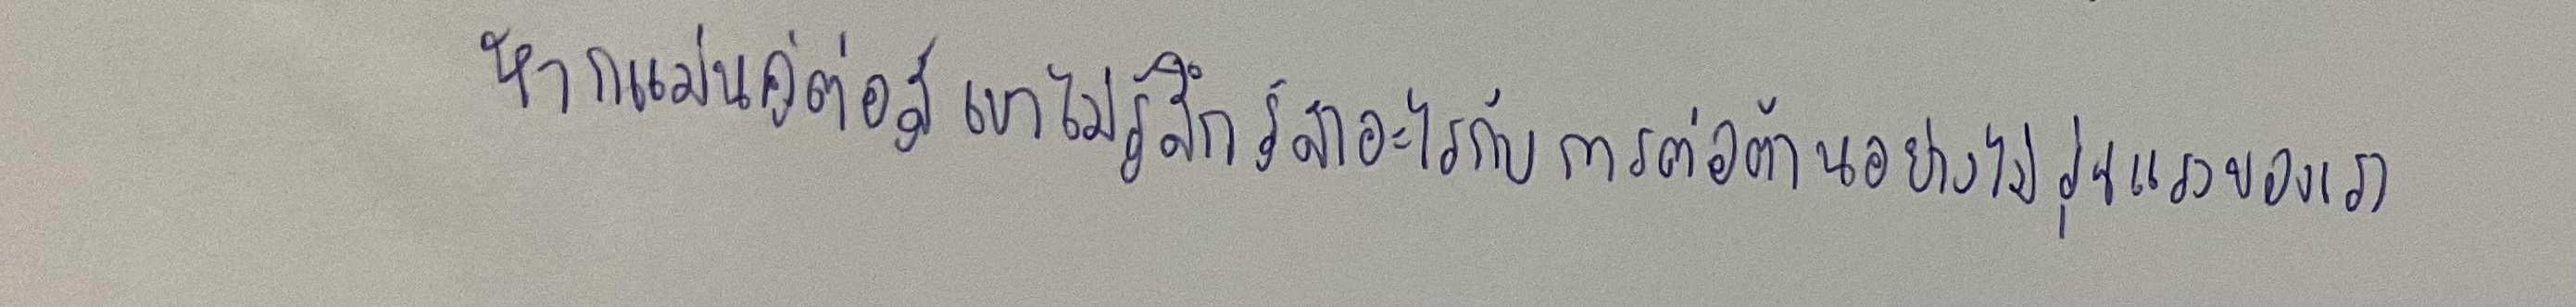
หากแม้นคู่ต่อสู้เขาไม่รู้สึกรู้สาอะไรกับการต่อต้านอย่างไม่รุนแรงของเรา